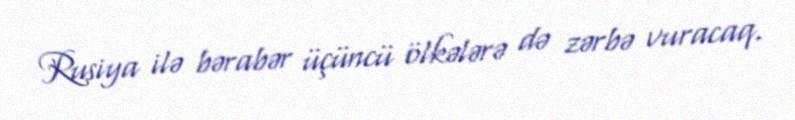
Rusiya ilə bərabər üçüncü ölkələrə də zərbə vuracaq.